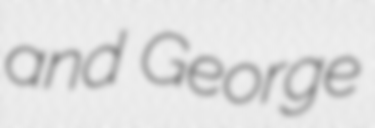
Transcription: and George